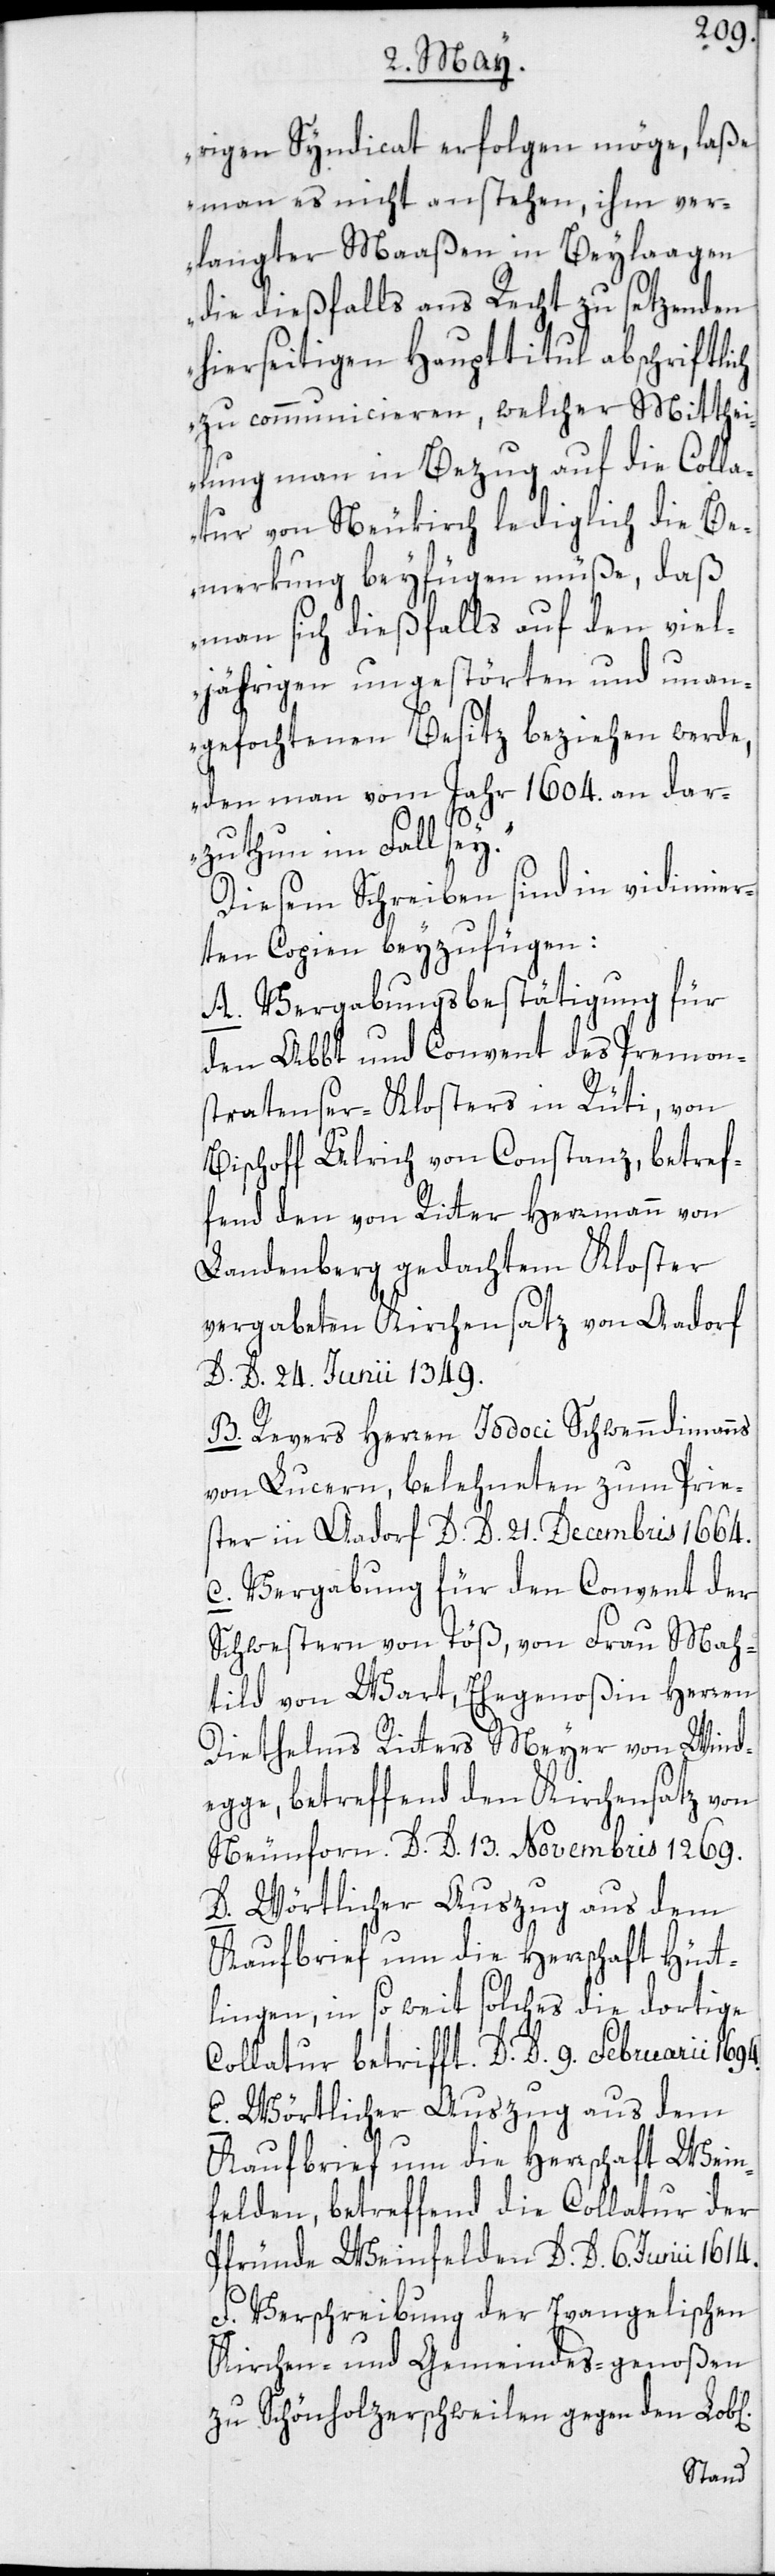
rigen Syndicat erfolgen möge, laße
man es nicht anstehen, ihm ver¬
langter Maaßen in Beylaagen
die dießfalls ans Recht zu setzenden
hierseitigen Haupttitul abschriftlich
zu communicieren, welcher Mitthei¬
lung man in Bezug auf die Colla¬
tur von Neukirch lediglich die Be¬
merkung beyfügen müße, daß
man sich dießfalls auf den viel¬
jährigen ungestörten und unan¬
gefochtenen Besitz beziehen werde,
den man vom Jahr 1604. an dar¬
zuthun im Fall sey.“
Diesem Schreiben sind in vidimier¬
ten Copien beyzufügen:
A. Vergabungsbestätigung für
den Abbt und Convent des Premon¬
stratenser-Klosters in Rüti, von
Bischoff Ulrich von Constanz, betref¬
fend den von Ritter Herrmann von
Landenberg gedachtem Kloster
vergabeten Kirchensatz von Aadorf,
D. D. 24. Junii 1349.
B. Revers Herren Jodoci Schwenndimanns
von Lucern, belehneten zum Prie¬
ster in Aadorf D. D. 21. Decembris 1664.
C. Vergabung für den Convent der
Schwestern von Töß, von Frau Mah¬
tild von Wart, Ehegenoßin Herren
Diethelms Ritters Meyer von Wind¬
egge, betreffend den Kirchensatz von
Neunforn. D. D. 13. Novembris 1269.
D. Wörtlicher Auszug aus dem
Kaufbrief um die Herrschaft Hütt¬
lingen, in so weit solches die dortige
Collatur betrifft. D. D. 9. Februarii 1694.
E. Wörtlicher Auszug aus dem
Kaufbrief um die Herrschaft Wein¬
felden, betreffend die Collatur der
Pfründe Weinfelden. D. D. 6. Junii 1614.
F. Verschreibung der Evangelischen
Kirchen- und Gemeindes-genoßen
zu Schönholzerschweilen gegen den Lob[l¬
ichen]